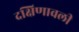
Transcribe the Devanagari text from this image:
दक्षिणावली